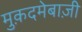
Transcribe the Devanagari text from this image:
मुक़दमेबाज़ी